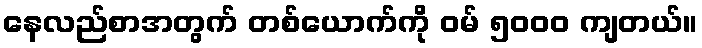
နေလည်စာအတွက် တစ်ယောက်ကို ဝမ် ၅၀၀၀ ကျတယ်။